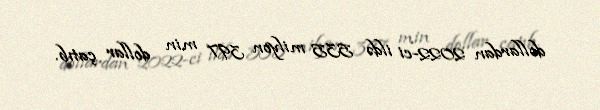
dollardan 2022-ci ildə 535 milyon 397 min dollar çatıb.